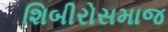
શિબીરોસમાજ